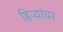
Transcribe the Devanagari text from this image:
हिऱ्यांवर